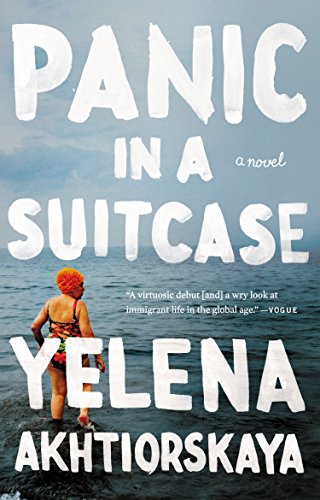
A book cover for Panic in a Suitcase: A Novel; Yelena Akhtiorskaya; Literature & Fiction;